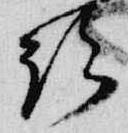
給